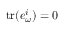
\mathrm { t r } ( e _ { \omega } ^ { i } ) = 0